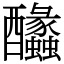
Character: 䤙